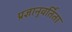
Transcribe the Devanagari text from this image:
प्रज्ञानुवर्तिता